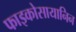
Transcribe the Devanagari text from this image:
फाइकोसायानिन